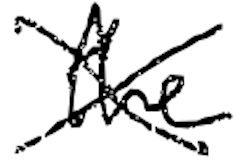
Text: the
Cross-out: cross
Writing tool: digital_black